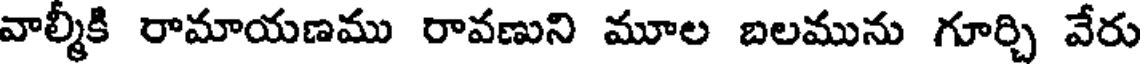
వాల్మీకి రామాయణము రావణుని మూల బలమును గూర్చి వేరు